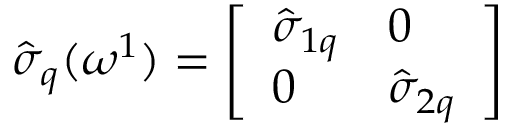
\hat { \sigma } _ { q } ( \omega ^ { 1 } ) = \left[ \begin{array} { l l } { { \hat { \sigma } _ { 1 q } } } & { { 0 } } \\ { { 0 } } & { { \hat { \sigma } _ { 2 q } } } \end{array} \right]